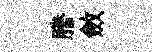
謄斂